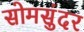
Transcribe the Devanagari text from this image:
सोमसुंदर